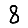
Digit: 8